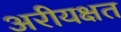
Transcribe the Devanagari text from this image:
अरीयक्षत